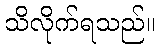
သိလိုက်ရသည်။